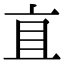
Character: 𬽈